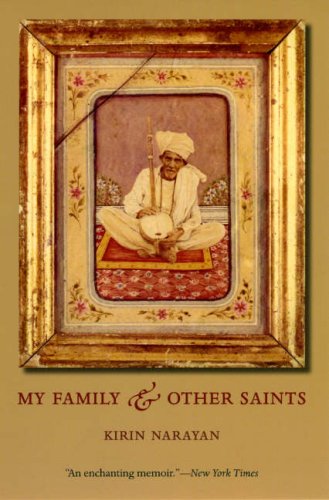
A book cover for My Family and Other Saints; Kirin Narayan; Religion & Spirituality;